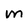
Character: M